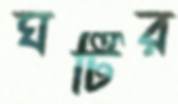
ঘটির